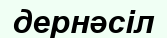
дернәсіл